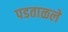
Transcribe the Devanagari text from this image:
पडताळले